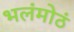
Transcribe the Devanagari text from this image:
भलंमोठं